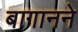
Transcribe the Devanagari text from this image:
बागानने